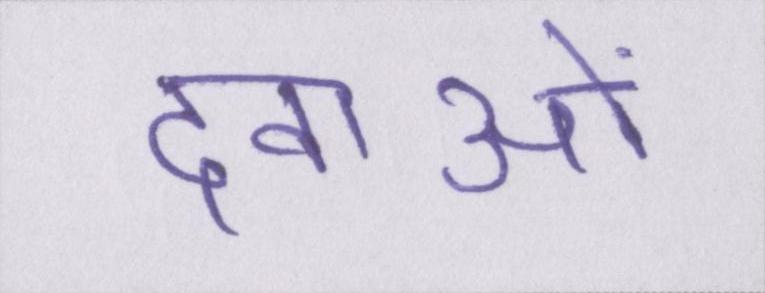
दवाओं